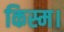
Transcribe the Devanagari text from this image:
किस्म।